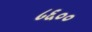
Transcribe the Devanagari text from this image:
८६००